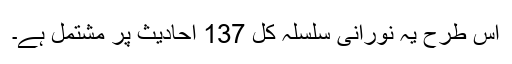
اس طرح یہ نورانی سلسلہ کل 137 احادیث پر مشتمل ہے۔